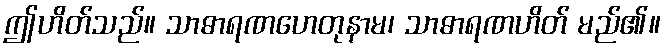
ဤဟိတ်သည်။ သာဓာရဏဟေတုနာမ၊ သာဓာရဏဟိတ် မည်၏။